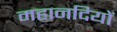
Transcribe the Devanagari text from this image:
महानदियों